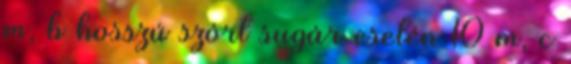
m, b hosszú szórt sugár esetén 10 m, c